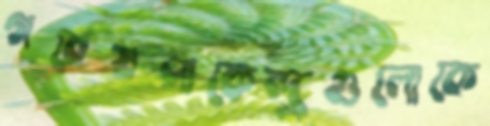
গবেষণাকেন্দ্রগুলোকে